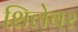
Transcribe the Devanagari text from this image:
शिलेवर